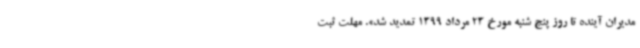
مدیران آینده تا روز پنج شنبه مورخ 23 مرداد 1399 تمدید شد». مهلت ثبت